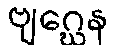
ဗျဂ္ဃေန